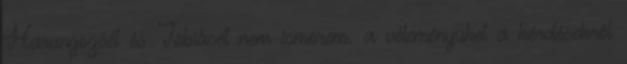
Harangozóét és Tóbiásét nem ismerem. a véleményüket a kérdésekről